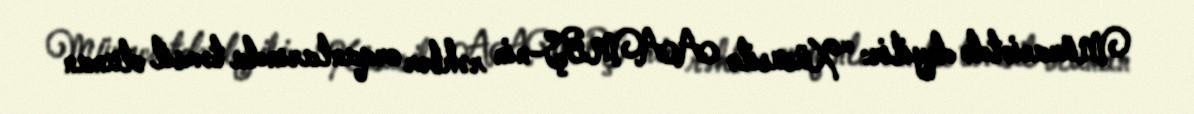
Müraciətdə deyilir: “Xüsusilə AAMBŞ-nin rəhbər orqanlarında təmsil olunan